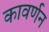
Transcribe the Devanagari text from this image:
कावर्णन